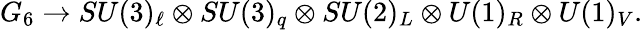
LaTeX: G_{6}\to SU(3)_{\ell}\otimes SU(3)_{q}\otimes SU(2)_{L}\otimes U(1)_{R}\otimes U(1)_{V}.